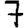
Digit: 7